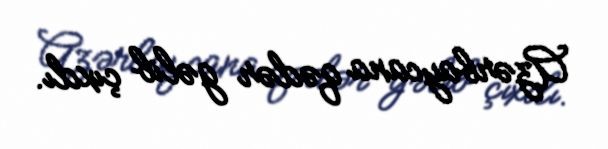
Azərbaycana qədər gəlib çıxdı.